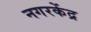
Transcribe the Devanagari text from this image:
नगरकेंद्र